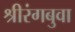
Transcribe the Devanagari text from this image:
श्रीरंगबुवा